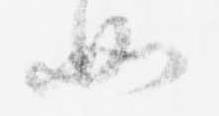
如